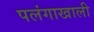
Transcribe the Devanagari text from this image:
पलंगाखाली